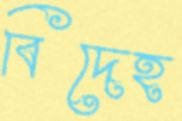
বিদেহ